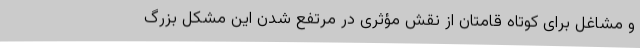
و مشاغل برای کوتاه قامتان از نقش مؤثری در مرتفع شدن این مشکل بزرگ